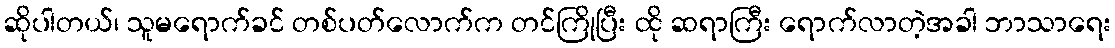
ဆိုပါတယ်၊ သူမရောက်ခင် တစ်ပတ်လောက်က တင်ကြိုပြီး ထို ဆရာကြီး ရောက်လာတဲ့အခါ ဘာသာရေး